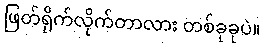
ဖြတ်ရိုက်လိုက်တာလား တစ်ခုခုပဲ။